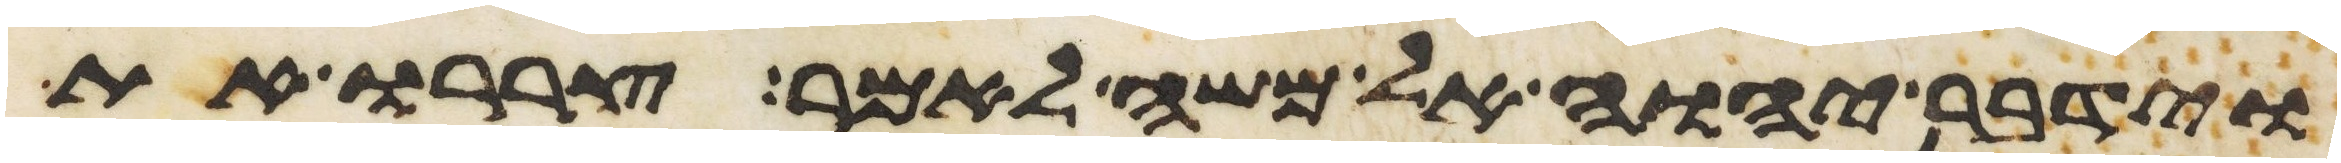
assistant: וידבר יהוה אל משה לאמר צררו את